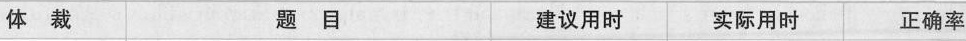
体 裁 题 目 建议用 时 实际用时 正确率